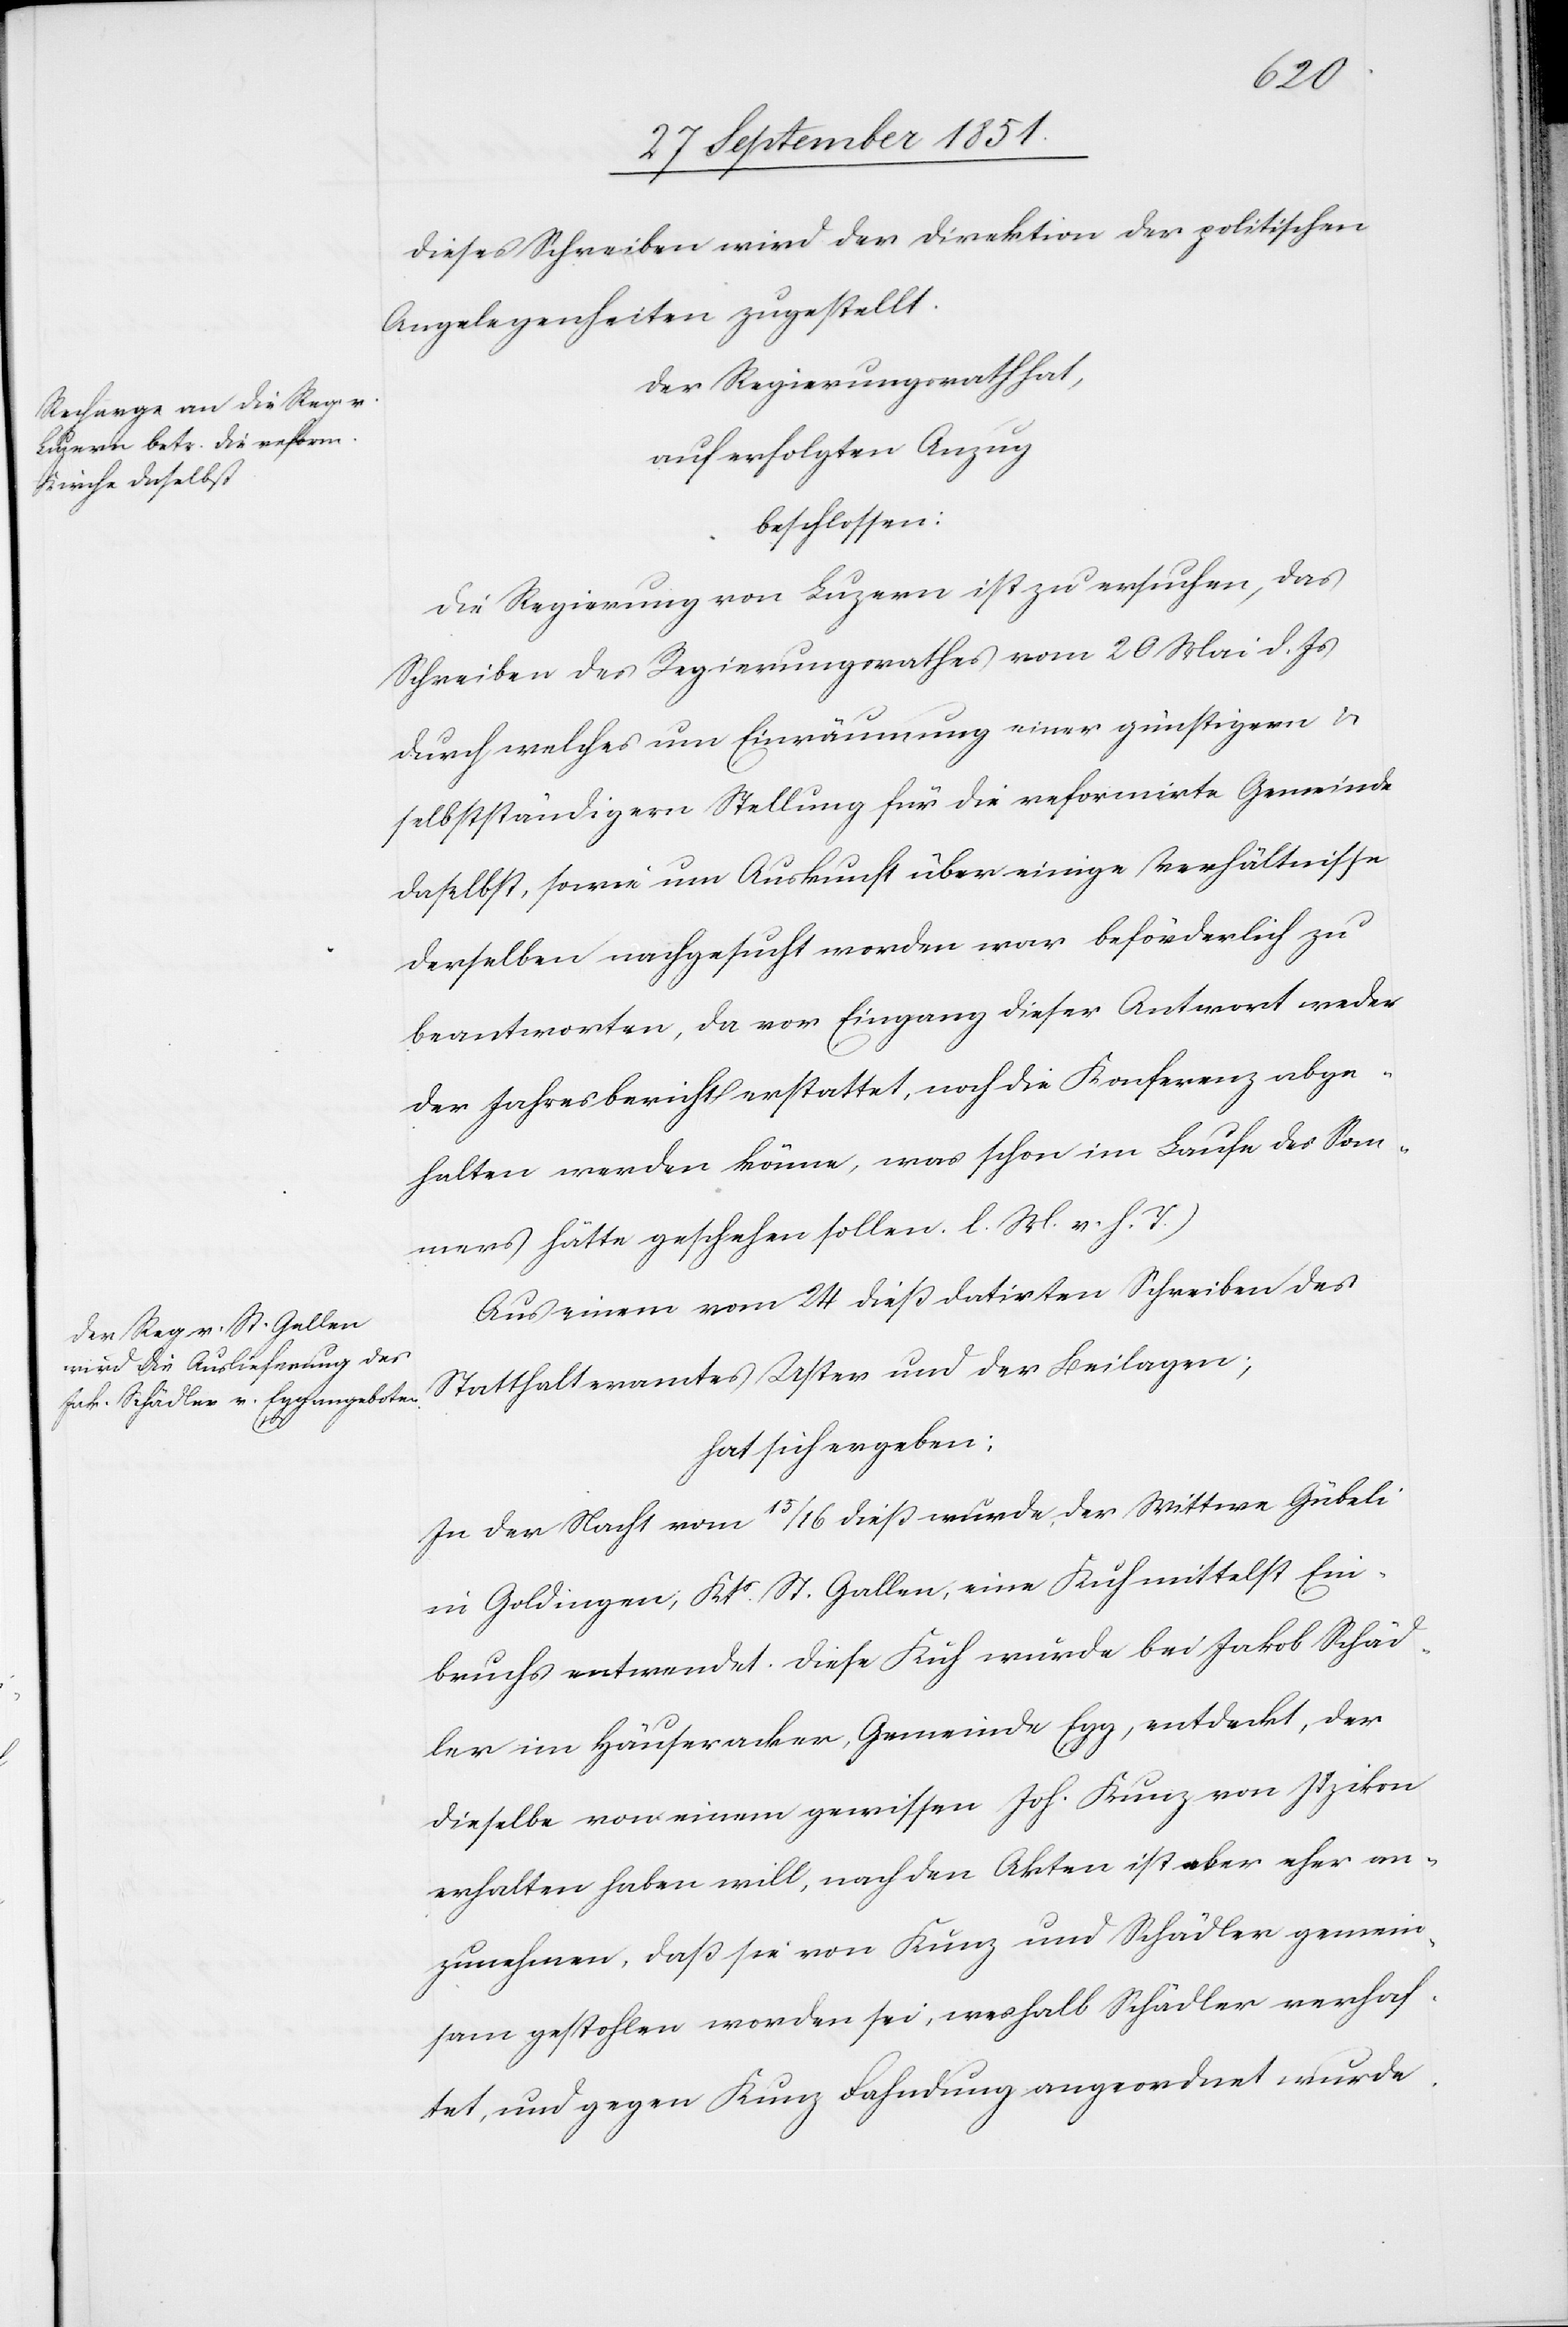
Dieses Schreiben wird der Direktion der politischen
Angelegenheiten zugestellt.
Der Regierungsrath hat,
auf erfolgten Anzug
beschlossen:
Die Regierung von Luzern ist zu ersuchen, das
Schreiben des Regierungsrathes vom 20 Mai d. Js
durch welches um Einräumung einer günstigern &
selbstständigern Stellung für die reformirte Gemeinde
daselbst, sowie um Auskunft über einige Verhältnisse
derselben nachgesucht worden war beförderlich zu
beantworten, da vor Eingang dieser Antwort weder
der Jahresbericht erstattet, noch die Konferenz abge¬
halten werden könne, was schon im Laufe des Som¬
mers hätte geschehen sollen. [(]l. M. v. h. T.)
Aus einem vom 24 dieß datirten Schreiben des
Statthalteramtes Uster und der Beilagen;
hat sich ergeben:
In der Nacht vom 15 / 16 dieß wurde, der Wittwe Gübeli
in Goldingen, Kts. St. Gallen, eine Kuh mittelst Ein¬
bruchs entwendet. Diese Kuh wurde bei Jakob Schäd¬
ler im Häuseracker, Gemeinde Egg, entdeckt, der
dieselbe von einem gewissen Joh. Kunz von Itzikon
erhalten haben will, nach den Akten ist aber eher an¬
zunehmen, daß sie von Kunz und Schädler gemein¬
sam gestohlen worden sei, weshalb Schädler verhaf¬
tet, und gegen Kunz Fahndung angeordnet wurde.